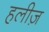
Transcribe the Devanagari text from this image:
हलीज़